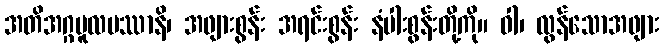
အတိအဂ္ဂမူလပဿာနိ၊ အဖျားစွန်း အရင်းစွန်း နံပါးစွန်းတို့ကို။ ဝါ၊ လွန်သောအဖျား